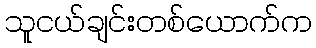
သူငယ်ချင်းတစ်ယောက်က